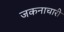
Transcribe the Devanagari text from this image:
जकनाचारी